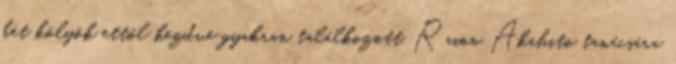
két kölyök ettől kezdve gyakran találkozott, Raion Akahito tanácsára